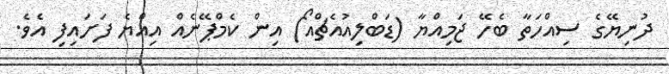
ދުނިޔޭގެ ސިއްހަތާ ބެހޭ ޖަމިއްޔާ (ޑަބްލިއުއެޗްއޯ) އިން ކެމްޕޭނެއް އިއްޔެ ފަށައިފި އެވެ.